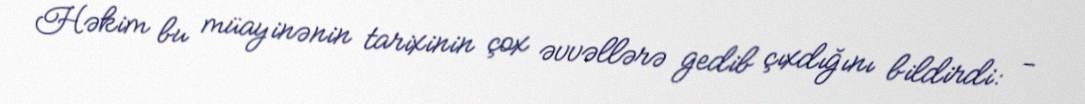
Həkim bu müayinənin tarixinin çox əvvəllərə gedib çıxdığını bildirdi: -